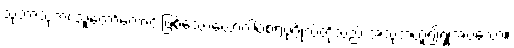
သုဘာသုဘံ၊ သူတော်ကောင်းဖြစ်သောယောဂါဝစရပုဂ္ဂိုလ်တို့သည် အသုဘဟူ၍ရှုအပ်သော။